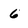
Character: 6